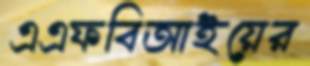
এএফবিআইয়ের